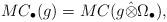
LaTeX: \begin{align*}MC_{\bullet}(g)=MC(g\hat{\otimes}\Omega_{\bullet}),\end{align*}